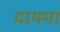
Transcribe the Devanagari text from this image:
दायमा